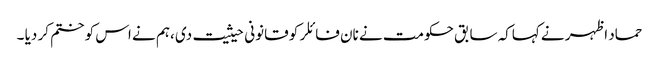
حماد اظہر نے کہاکہ سابق حکومت نے نان فائلر کو قانونی حیثیت دی ،ہم نے اس کو ختم کر دیا ۔